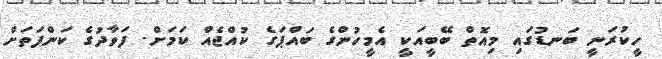
ހީކުރަނީ ބަނޑުގައި މިއޮތް ބޭބީއަކީ އެމީހުންގެ ބައްޕަގެ ކުއްޖެއް ކަމަށް. ފަވާދުގެ ކަންފަތަށް